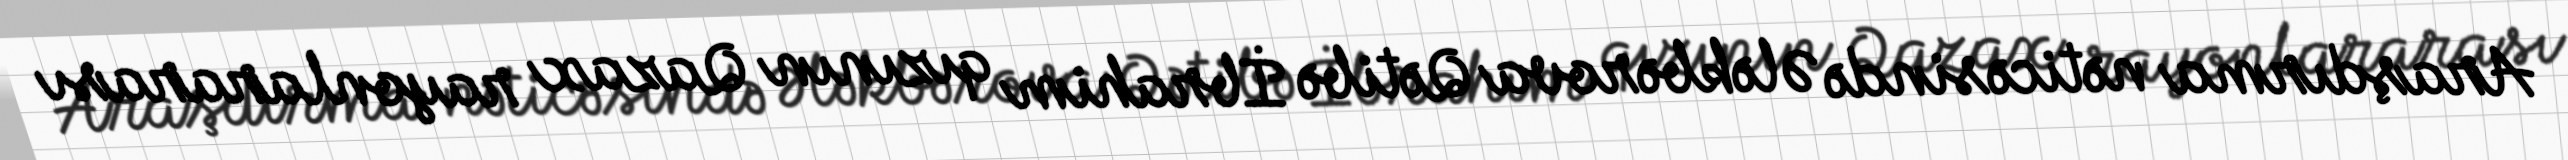
Araşdırma nəticəsində Ələkbərova Qətibə İbrahim qızının Qazax rayonlararası